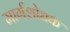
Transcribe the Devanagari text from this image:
मार्गशोधक